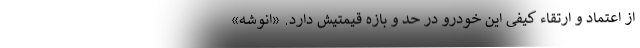
از اعتماد و ارتقاء کیفی این خودرو در حد و بازه قیمتیش دارد. «انوشه»